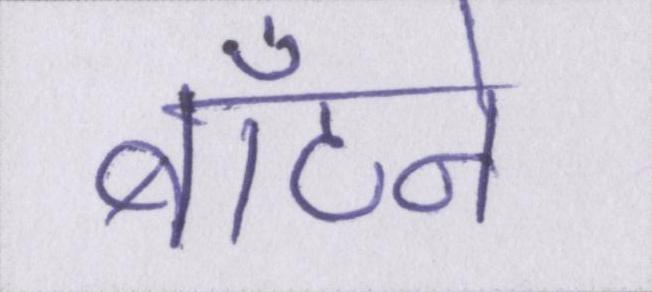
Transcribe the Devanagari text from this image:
बाँटने